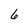
Character: 6